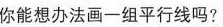
你能想办法画一组平行线吗?